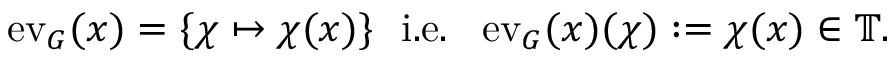
\operatorname { e v } _ { G } ( x ) = \{ \chi \mapsto \chi ( x ) \} \ { \mathrm { ~ i . e . ~ } } \ \operatorname { e v } _ { G } ( x ) ( \chi ) : = \chi ( x ) \in \mathbb { T } .